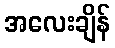
အလေးချိန်